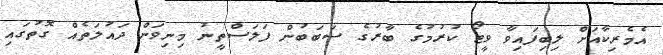
އެމެރިކާއަށް ލިބިފައިވާ ވީޓޯ ކުރުމުގެ ބާރުގެ ސަބަބުން ފަލަސްތީނު މިނިވަން ދައުލަތެއް ގޮތުގައި